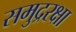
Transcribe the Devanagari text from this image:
समुद्ररक्षा